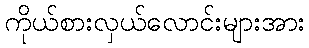
ကိုယ်စားလှယ်လောင်းများအား